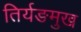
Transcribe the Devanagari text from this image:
तिर्यङमुख